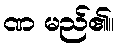
ဏ မည်၏။